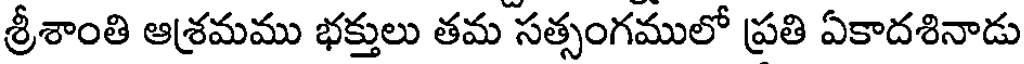
శ్రీశాంతి ఆశ్రమము భక్తులు తమ సత్సంగములో ప్రతి ఏకాదశినాడు